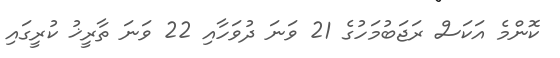
ކޮންމެ އަކަސް ރަޖަބުމަހުގެ 21 ވަނަ ދުވަހާއި 22 ވަނަ ތާރީޚު ކުރީގައި